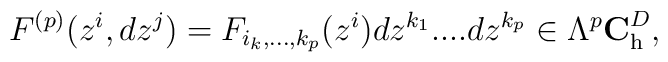
F^{(p)}(z^i,dz^j) =F_{i_k,...,k_p}( z^i)dz^{k_1}....dz^{k_p}\in \Lambda^p {\bf C}^D_{\rm h},